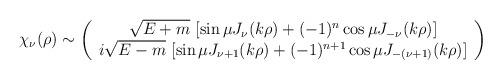
LaTeX: \begin{align*}\chi_{\nu}(\rho)\sim \left(\begin{array}{c}\sqrt{E+m}\ [\sin\mu J_{\nu}(k\rho) +(-1)^n \cos\mu J_{-\nu}(k\rho)] \\i\sqrt{E-m}\ [\sin\mu J_{\nu+1}(k\rho) +(-1)^{n+1} \cos\mu J_{-(\nu+1)}(k\rho)] \\\end{array}\right)\end{align*}